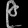
Digit: ၉